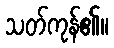
သတ်ကုန်၏။